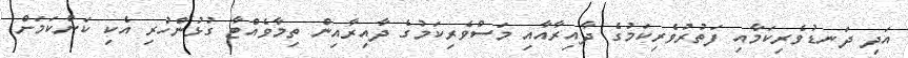
އަދި ދަނޑުވެރިކަމާއި ފަތުރުވެރިކަމުގެ ދާއިރާއާއި މަސްވެރިކަމުގެ ދާއިރާއިން ތިމާވެއްޓާ ގުޅުންހުރި އެކި ކަންކަމަށް